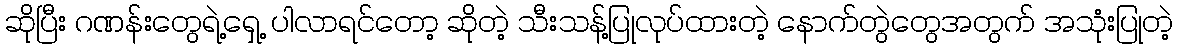
ဆိုပြီး ဂဏန်းတွေရဲ့ရှေ့ ပါလာရင်တော့ ဆိုတဲ့ သီးသန့်ပြုလုပ်ထားတဲ့ နောက်တွဲတွေအတွက် အသုံးပြုတဲ့